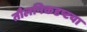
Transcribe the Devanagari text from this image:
तौलनिकदृष्टया